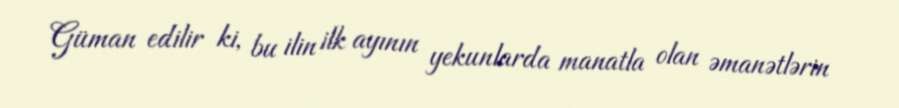
Güman edilir ki, bu ilin ilk ayının yekunlarda manatla olan əmanətlərin